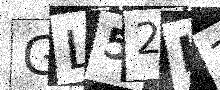
Text: GL52LZ